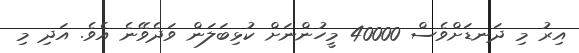
އިރު މި ދަނޑަށްވެސް 40000 މީހުންނަށް ކުޅިބަލަން ވަދެވޭނެ އެވެ. އަދި މި